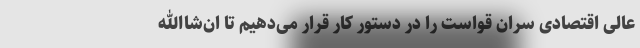
عالی اقتصادی سران قواست را در دستور کار قرار می‌دهیم تا ان‌شاالله